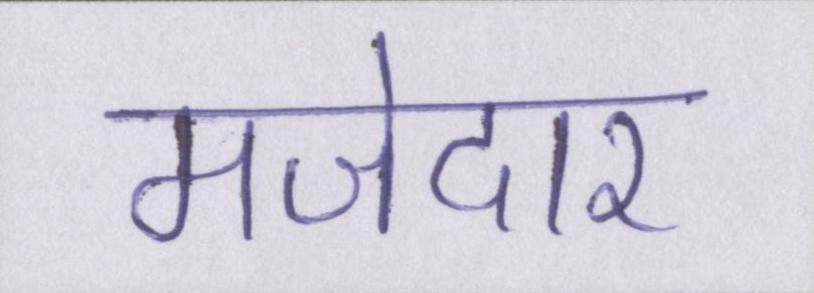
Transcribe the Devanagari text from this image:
मजेदार